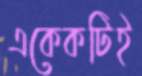
একেকটিই